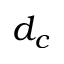
d _ { c }